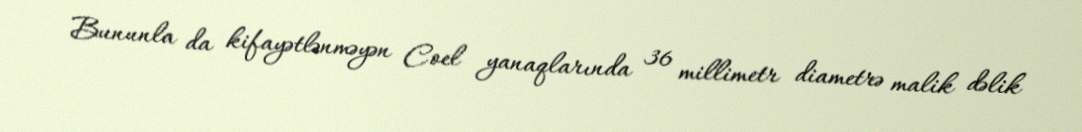
Bununla da kifayətlənməyən Coel yanaqlarında 36 millimetr diametrə malik dəlik